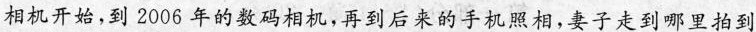
相机开始,到 2006 年的数码相机,再到后来的手机照相,妻子走到哪里拍到